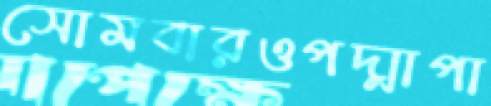
সোমবারওপদ্মাপা